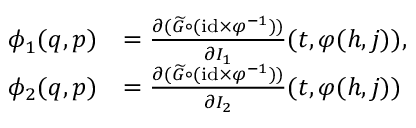
\begin{array} { r l } { \phi _ { 1 } ( q , p ) } & { = \frac { \partial ( \widetilde { G } \circ ( \mathrm { i d } \times \varphi ^ { - 1 } ) ) } { \partial I _ { 1 } } ( t , \varphi ( h , j ) ) , } \\ { \phi _ { 2 } ( q , p ) } & { = \frac { \partial ( \widetilde { G } \circ ( \mathrm { i d } \times \varphi ^ { - 1 } ) ) } { \partial I _ { 2 } } ( t , \varphi ( h , j ) ) } \end{array}